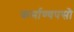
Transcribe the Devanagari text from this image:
कर्माण्यपसो